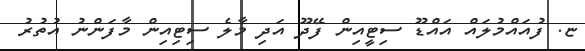
ޏ. ފުއައްމުލައް އައްޑޫ ސިޓީއިން ފޭދޫ އަދި މާލެ ސިޓިއިން މާފަންނު އުތުރު